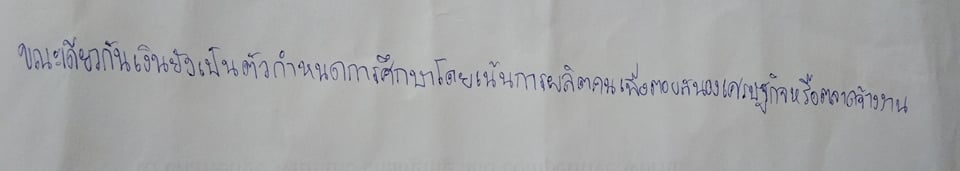
ขณะเดียวกันเงินยังเป็นตัวกำหนดการศึกษาโดยเน้นการผลิตคนเพื่อตอบสนองเศรษฐกิจหรือตลาดจ้างงาน